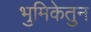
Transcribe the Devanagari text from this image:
भुमिकेतुन